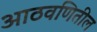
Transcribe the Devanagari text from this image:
आठवणितील